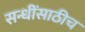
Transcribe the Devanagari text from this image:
सन्धींसाठीच